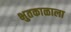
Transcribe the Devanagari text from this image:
भुतकाळाला